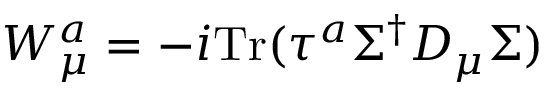
{ { \cal W } _ { \mu } ^ { a } } = - i \mathrm { { T r } } ( \tau ^ { a } \Sigma ^ { \dagger } D _ { \mu } \Sigma ) \,